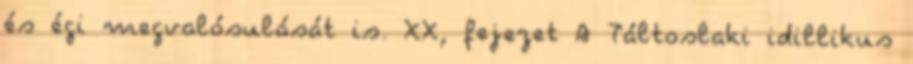
és égi megvalósulását is. XX, fejezet A Táltoslaki idillikus